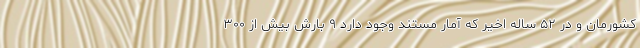
کشورمان و در ۵۲ ساله اخیر که آمار مستند وجود دارد ۹ بارش بیش از ۳۰۰